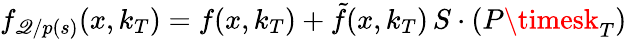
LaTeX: f_{\mathscr{Q}/p(s)}(x,k_{T})=f(x,k_{T})+\tilde{{f}}(x,k_{T}){\mathbf{\,} S\cdot(P\timesk}_{T})